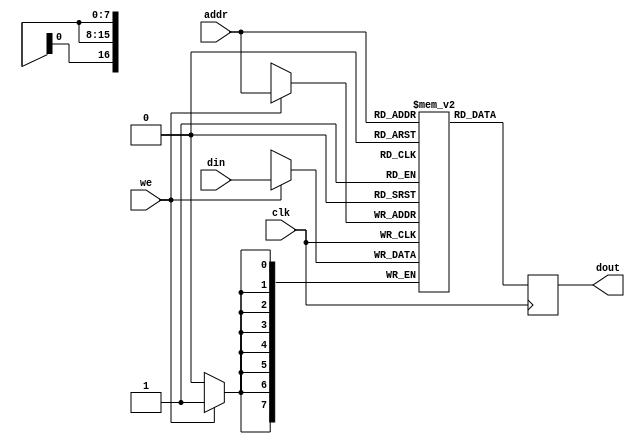
module ram (
                input            clk,
                input            we,
                input [16:0]     addr,
                input [7:0]      din,
                output reg [7:0] dout
            );

   reg [7:0] ram [0:98303];

   always @(posedge clk)
     begin
        if (we)
          ram[addr] <= din;
        dout <= ram[addr];
     end
endmodule